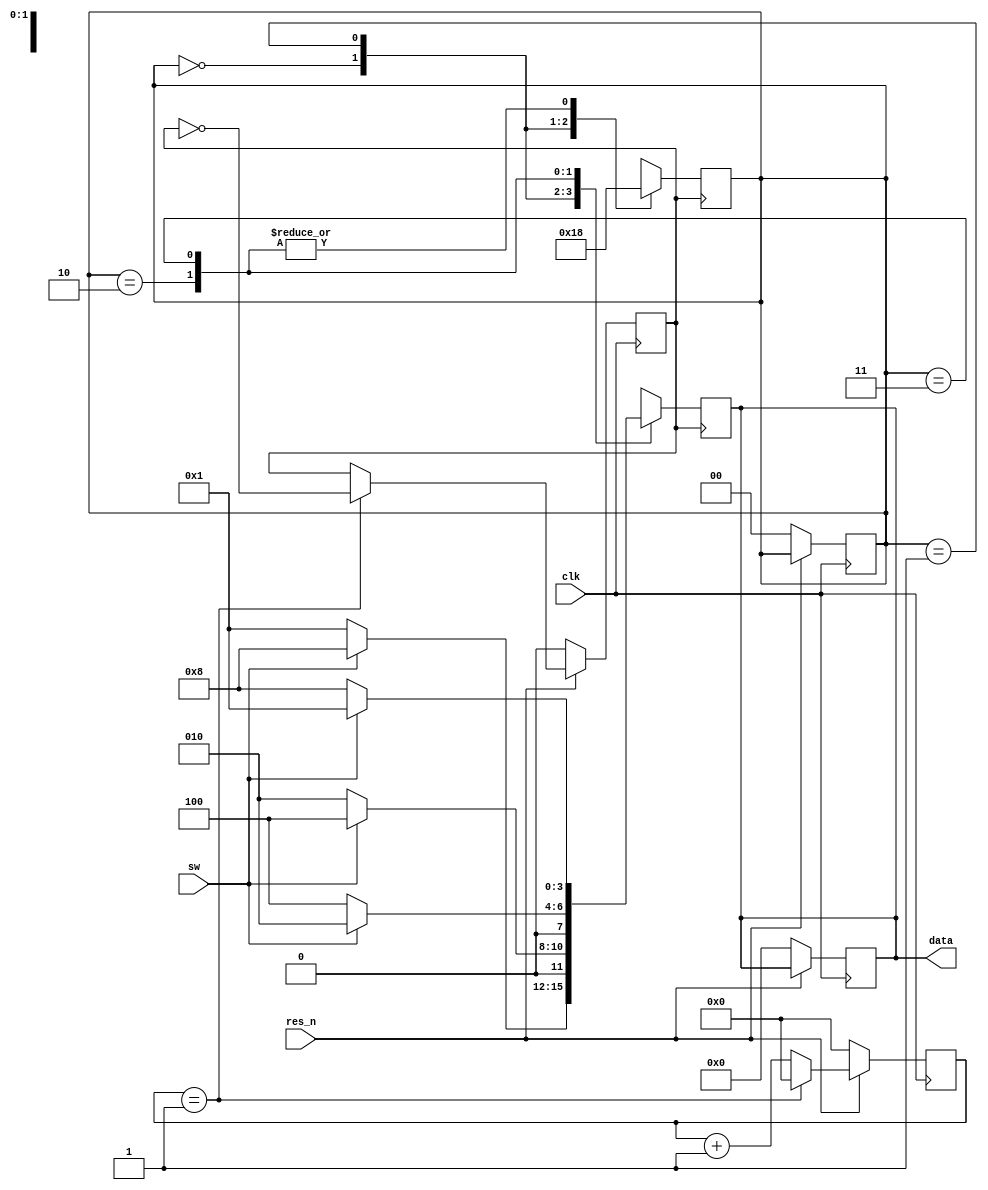
`timescale 1ns/1ps
module led(clk,data,sw,res_n);
    input clk,sw;
    output[3:0] data;
    input res_n;
    reg clk_o;
    parameter max=1;
    reg[1:0] state=2'b00;
    reg[30:0] n;
    reg[3:0] data;
    always @(posedge clk)begin
        if(res_n==0)begin
            n<=0;
            data<=0;
            state<=2'b00;
            clk_o<=0;
        end
        else
        if(n==max)begin
            clk_o = ~clk_o;
            n<=0;
        end
        else n<=n+1;
    end
    always @(posedge clk_o)
        begin 
            case(state)
            2'b00:begin
                state<=2'b01;
                if(sw)
                    begin 
                        data<= 4'b1000;
                    end
                    else begin 
                        data<= 4'b0001;
                    end
            end
            2'b01:begin
                state<=2'b10;
                if(sw)
                    begin 
                        data<=4'b0100;
                    end
                    else
                    begin 
                        data<=4'b0010;
                    end
            end
            2'b10:begin
                state<=2'b00;
                if(sw)
                    begin 
                        data<=4'b0010;
                    end
                    else begin 
                        data<=4'b0100;
                    end
            end
            2'b11:begin
                state<=2'b00;
                if(sw)
                    begin 
                        data<=4'b0001;
                    end
                    else begin 
                        data<=4'b1000;
                    end
            end
            endcase
        end

endmodule